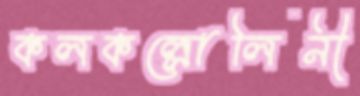
কলকল্লোলিনী